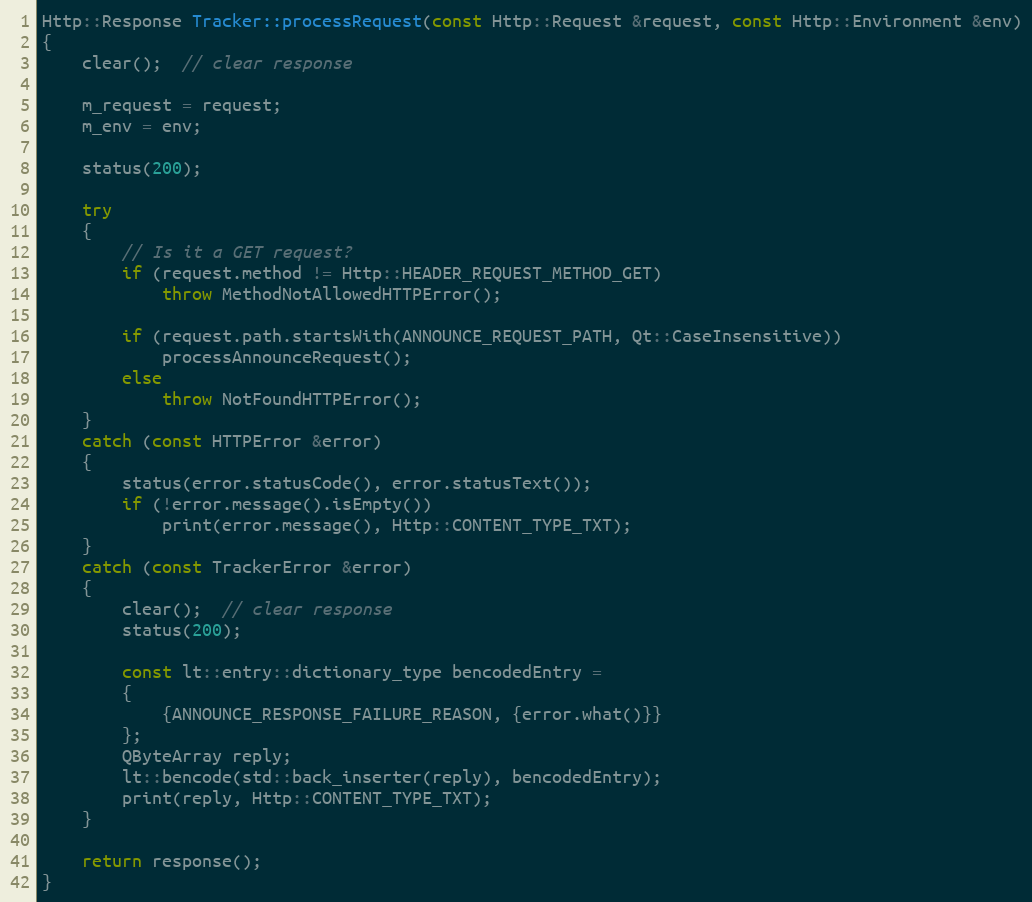
Language: C++
Http::Response Tracker::processRequest(const Http::Request &request, const Http::Environment &env)
{
    clear();  // clear response

    m_request = request;
    m_env = env;

    status(200);

    try
    {
        // Is it a GET request?
        if (request.method != Http::HEADER_REQUEST_METHOD_GET)
            throw MethodNotAllowedHTTPError();

        if (request.path.startsWith(ANNOUNCE_REQUEST_PATH, Qt::CaseInsensitive))
            processAnnounceRequest();
        else
            throw NotFoundHTTPError();
    }
    catch (const HTTPError &error)
    {
        status(error.statusCode(), error.statusText());
        if (!error.message().isEmpty())
            print(error.message(), Http::CONTENT_TYPE_TXT);
    }
    catch (const TrackerError &error)
    {
        clear();  // clear response
        status(200);

        const lt::entry::dictionary_type bencodedEntry =
        {
            {ANNOUNCE_RESPONSE_FAILURE_REASON, {error.what()}}
        };
        QByteArray reply;
        lt::bencode(std::back_inserter(reply), bencodedEntry);
        print(reply, Http::CONTENT_TYPE_TXT);
    }

    return response();
}